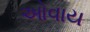
ઓવાય